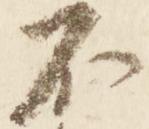
不